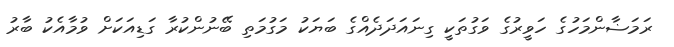
ރަމަޟާންމަހުގެ ހަވީރުގެ ވަގުތަކީ ގިނައަދަދެއްގެ ބަޔަކު މަގުމަތި ބޭނުންކުރާ ގަޑިއަކަށް ވުމާއެކު ބާރު